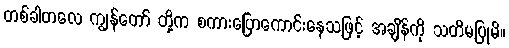
တစ်ခါတလေ ကျွန်တော် တို့က စကားပြောကောင်းနေသဖြင့် အချိန်ကို သတိမပြုမိ။